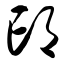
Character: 邙